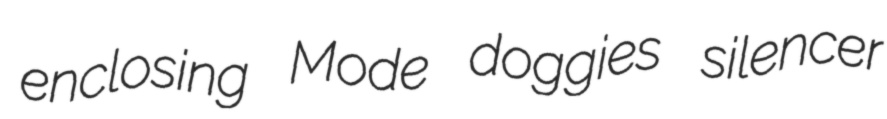
enclosing Mode doggies silencer